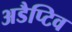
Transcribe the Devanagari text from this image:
अडैप्टिव